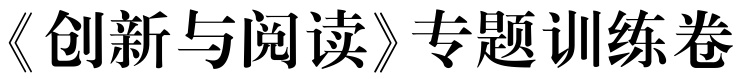
《创新与阅读》专题训练卷